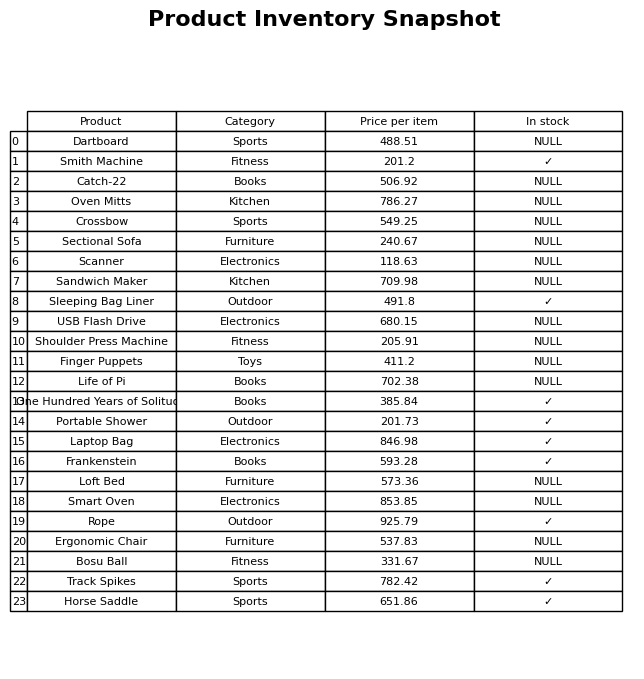
question: What is the price of the Loft Bed?
answer: The price of Loft Bed is 573.36.